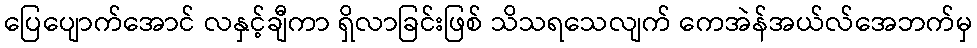
ပြေပျောက်အောင် လနှင့်ချီကာ ရှိလာခြင်းဖြစ် သိသရသေလျက် ကေအဲန်အယ်လ်အေဘက်မှ